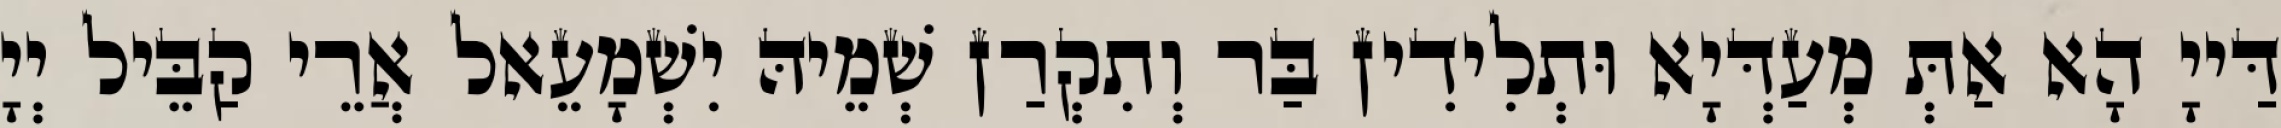
דַּייָ הָא אַתְּ מְעַדְּיָא וּתְלִידִין בַּר וְתִקְרַן שְׁמֵיהּ יִשְׁמָעֵאל אֲרֵי קַבֵּיל יְיָ